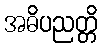
အဓိပညတ္တိ